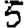
Digit: 5